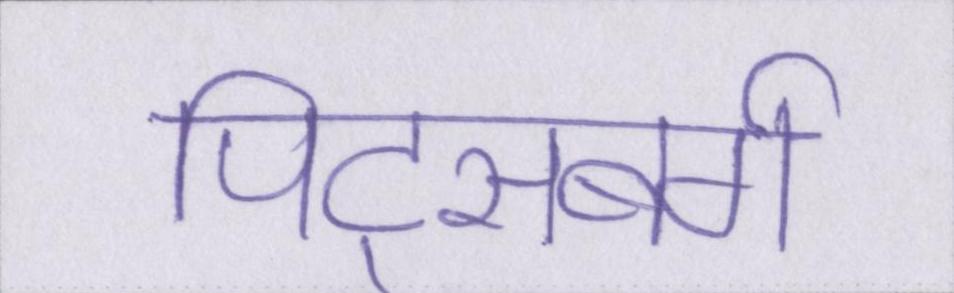
पिट्सबर्ग